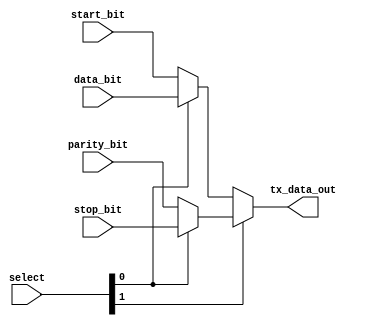
module   TXmux  (start_bit, data_bit, parity_bit, stop_bit, select, tx_data_out);
//			00	01 	  10 		11		

// define input  port
input start_bit, data_bit, parity_bit, stop_bit;

// define input port
input [1:0] select;

// define output port
output tx_data_out;


// assign one of the inputs to the output based upon select line input
// assign out = (condition) ? (true-statement1) : (false-statement2); - ternary operator

assign tx_data_out = select[1] ? (select[0] ? stop_bit: parity_bit) : (select[0] ? data_bit : start_bit);  
//							11		10				01	00

endmodule